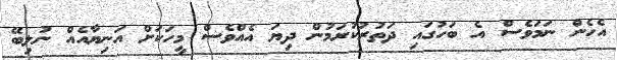
އެހެން ނަމަވެސް އެ ބަހުގައި ދަތުރުކުރަމުން ދިޔަ އެއްވެސް މީހަކަށް އަނިޔާއެއް ނުލިބޭ